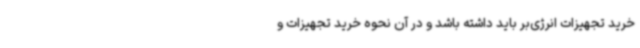
خرید تجهیزات انرژی‌بر باید داشته باشد و در آن نحوه خرید تجهیزات و